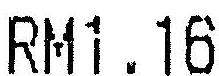
RM1.16